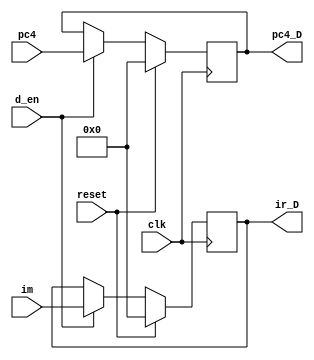
module D (
           input [31:0] im,
           input [31:0] pc4,
           input clk,
           input reset,
           input d_en,
           output [31:0] ir_D,
           output [31:0] pc4_D
       );

reg [31:0] IR;
reg [31:0] PC4;

initial begin
    IR=0;
    PC4=0;
end

assign ir_D=IR;
assign pc4_D=PC4;

always @(posedge clk) begin
    if (reset) begin
        IR<=0;
        PC4<=0;
    end
    else begin
        if(d_en) begin
            IR<=im;
				PC4<=pc4;
        end
    end
end

endmodule